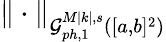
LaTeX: \| \cdot\| _{\mathcal{G}_{ph,1}^{M|k|,s}([a,b]^{2})}